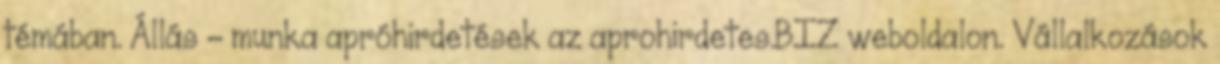
témában. Állás - munka apróhirdetések az aprohirdetes.BIZ weboldalon. Vállalkozások